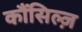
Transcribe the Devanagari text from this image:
कौंसिल्‍ज़